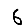
Digit: 6